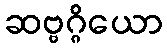
ဆဗ္ဗဂ္ဂိယော